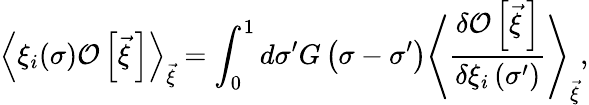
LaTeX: \left<\xi_{i}(\sigma){\cal O}\left[\vec{\xi}{\, }\right]\right>_{\vec{\xi}}=\int_{0}^{1}d\sigma^{\prime}G\left(\sigma-\sigma^{\prime}\right)\left<\frac{\delta{\cal O}\left[\vec{\xi}{\, }\right]}{\delta\xi_{i}\left(\sigma^{\prime}\right)}\right>_{\vec{\xi}},